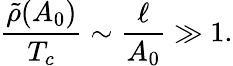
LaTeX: \frac{\tilde{\rho}(A_{0})}{T_{c}}\sim\frac{\ell}{A_{0}}\gg 1.